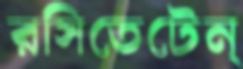
রসিতেটেন্